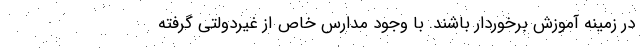
در زمینه آموزش برخوردار باشند. با وجود مدارس خاص از غیردولتی گرفته